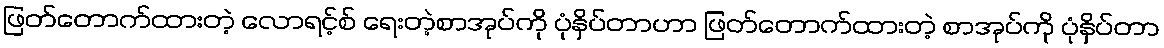
ဖြတ်တောက်ထားတဲ့ လောရင့်စ် ရေးတဲ့စာအုပ်ကို ပုံနှိပ်တာဟာ ဖြတ်တောက်ထားတဲ့ စာအုပ်ကို ပုံနှိပ်တာ